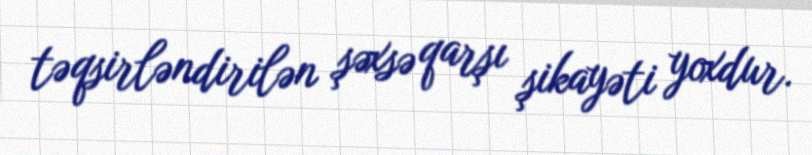
təqsirləndirilən şəxsə qarşı şikayəti yoxdur.